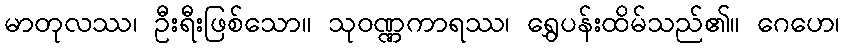
မာတုလဿ၊ ဦးရီးဖြစ်သော။ သုဝဏ္ဏကာရဿ၊ ရွှေပန်းထိမ်သည်၏။ ဂေဟေ၊